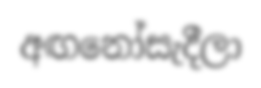
අඟනෝසැදීලා